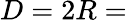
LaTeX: D=2R=